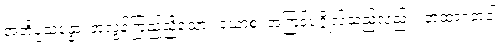
အဘိပ္ပသန္နော၊ အလွန်ကြည်ညိုသော။ ယောစ၊ အကြင်ပုဂ္ဂိုလ်သည်လည်း။ တထာဂတံဝါ၊